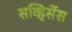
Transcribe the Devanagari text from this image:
सव्हिर्सेस